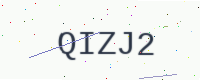
Text: QIZJ2